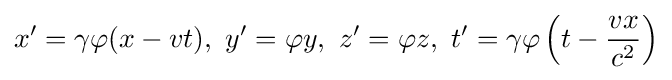
x'=\gamma \varphi (x-vt),\ y'=\varphi y,\ z'=\varphi z,\ t'=\gamma \varphi \left(t-{\frac {vx}{c^{2}}}\right)